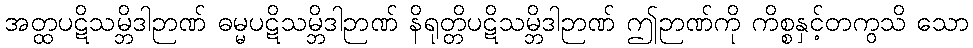
အတ္ထပဋိသမ္ဘိဒါဉာဏ် ဓမ္မပဋိသမ္ဘိဒါဉာဏ် နိရုတ္တိပဋိသမ္ဘိဒါဉာဏ် ဤဉာဏ်ကို ကိစ္စနှင့်တကွသိ သော